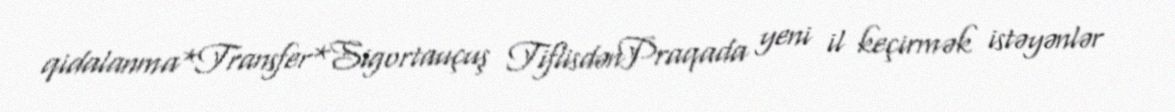
qidalanma*Transfer*Sigortauçuş TiflisdənPraqada yeni il keçirmək istəyənlər